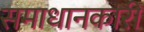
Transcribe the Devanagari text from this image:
समाधानकारी